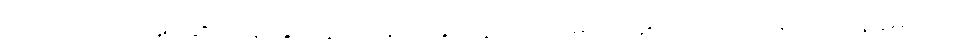
တပည့်တို့ကို အုပ်ချုပ်ရာ၌ နှိပ်ကွပ်တန်က နှိပ်ကွပ်ပါ၊ သို့မှသာ ပုဂ္ဂိုလ်ကောင်းများ ကျန်ခဲ့မည်ဟု